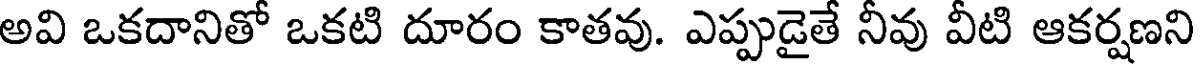
అవి ఒకదానితో ఒకటి దూరం కాతవు. ఎప్పుడైతే నీవు వీటి ఆకర్షణని